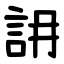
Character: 䛁